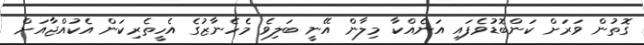
ގޮތުން ވަރަށް ކަންބޮޑުވެފައި އަނެއްކާ މިލާން އޭނީ ބަލިވެ މެހެނާޒުގެ އެހީތެރިކަން އެކުއްޖާއަށް